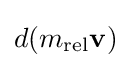
{d(m_{\text{rel}}\mathbf {v} )}